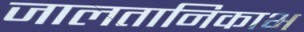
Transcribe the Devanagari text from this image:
जालतानिकाभ